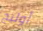
أوليج